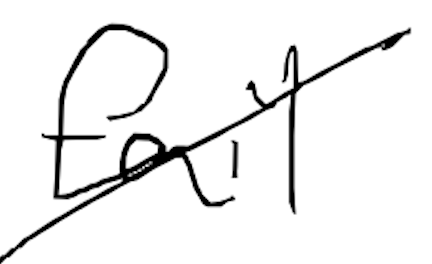
Text: fail
Cross-out: mix
Writing tool: digital_black